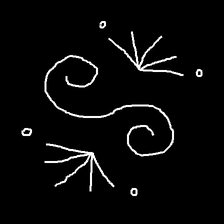
Glyph: aeroform